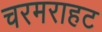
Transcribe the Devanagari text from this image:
चरमराहट